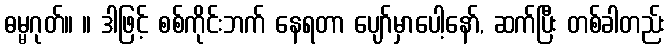
ဓမ္မဂုတ်။ ။ ဒါဖြင့် စစ်ကိုင်းဘက် နေရတာ ပျော်မှာပေါ့နော်, ဆက်ပြီး တစ်ခါတည်း